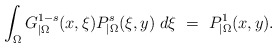
\begin{align*}\int_{\Omega} G^{1-s}_{|\Omega}(x,\xi)P^s_{|\Omega}(\xi,y)\;d\xi\ =\ P_{|\Omega}^1(x,y).\end{align*}